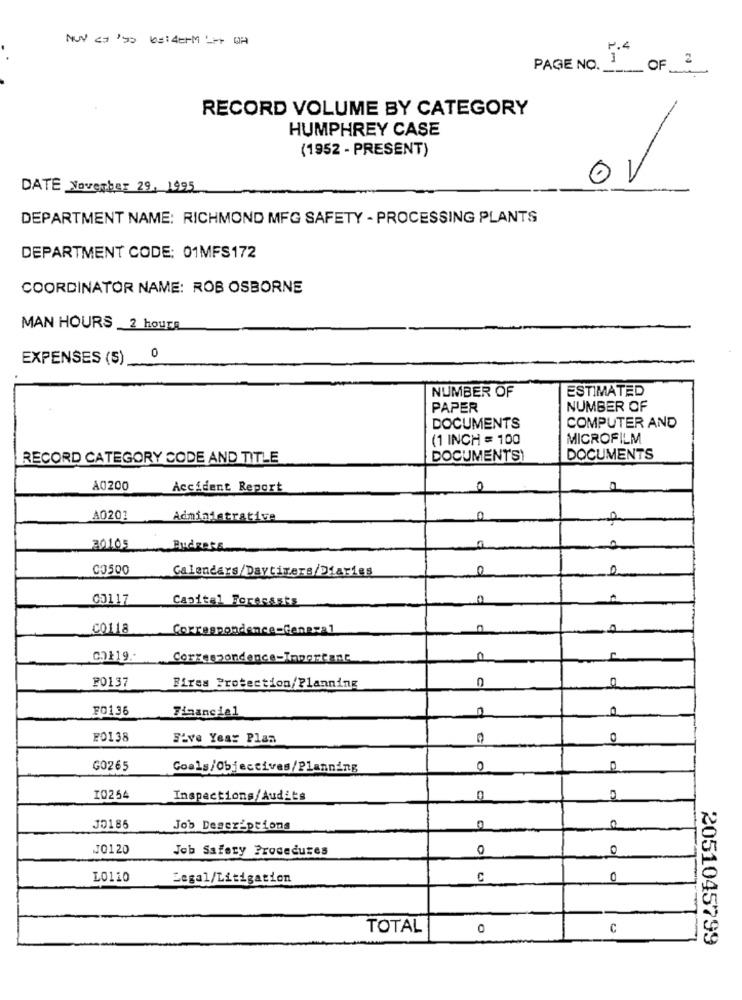
NUN ca '95 beiderMLM DA
P.4
1
2
PAGE NO ._
OF
RECORD VOLUME BY CATEGORY
HUMPHREY CASE
(1952 - PRESENT)
OV
DATE November 29, 1995
DEPARTMENT NAME: RICHMOND MFG SAFETY - PROCESSING PLANTS
DEPARTMENT CODE: 01MFS172
COORDINATOR NAME: ROB OSBORNE
MAN HOURS 2 hours
EXPENSES (S)
0
NUMBER OF
ESTIMATED
PAPER
NUMBER OF
DOCUMENTS
COMPUTER AND
(1 INCH = 100
MICROFILM
RECORD CATEGORY CODE AND TITLE
DOCUMENTS
DOCUMENTS
A0200
Accident Report
0
A0201
Administrative
20105
Budress
C3500
Calendars/Daytimers/Diaries
0
0
00117
Capital Forecasts
CO118
Correspondence=General
-2
CO119 .-
0
F0137
Fires Protection/Planning
FO136
Financial
F0138
Five Year Plan
0
GO265
Goals/Objectives/Planning
0
I0254
Inspections/Audits
JO186
Job Descriptions
0
JO120
Job Safery Procedures
0
Q
L0110
Legal/Litigation
C
0
TOTAL
C
2051045799